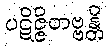
ပဋိဇ္ဇိတဗ္ဗန္တိ